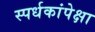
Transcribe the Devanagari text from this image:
स्पर्धकांपेक्षा